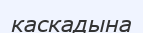
каскадына